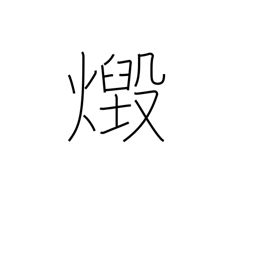
Meaning: blaze